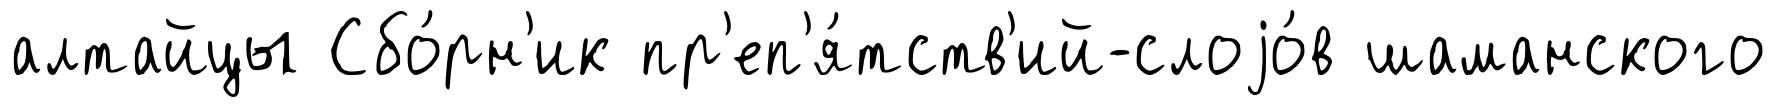
алтайцы Сбо́рн'ик пр'еп'я́тств'ий-слоjо́в шаманского